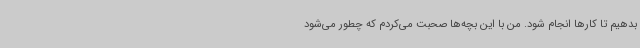
بدهیم تا کارها انجام شود. من با این بچه‌ها صحبت می‌کردم که چطور می‌شود